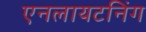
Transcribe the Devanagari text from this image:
एनलायटनिंग